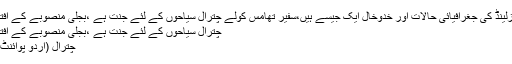
چترال اور سوئٹزلینڈ کی جغرافیائی حالات اور خدوخال ایک جیسے ہیں،سفیر تھامس کولے چترال سیاحوں کے لئے جنت ہے ،بجلی منصوبے کے افتتاح پربات چیت
چترال سیاحوں کے لئے جنت ہے ،بجلی منصوبے کے افتتاح پربات چیت
چترال (اُردو پوائنٹ اخبارتازہ ترین۔